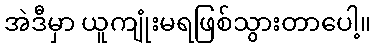
အဲဒီမှာ ယူကျုံးမရဖြစ်သွားတာပေါ့။